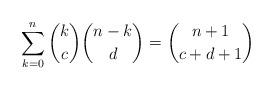
LaTeX: \begin{align*} \sum_{k=0}^n \binom{k}{c}\binom{n-k}{d} = \binom{n+1}{c+d+1}\end{align*}